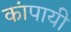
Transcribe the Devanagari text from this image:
कांपायी